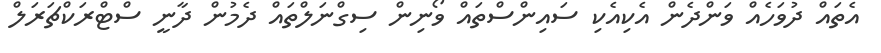
އެތައް ދުވަހެއް ވަންދެން އެކިއެކި ސައިންސްތައް ވޯނިން ސިގްނަލްތައް ދެމުން ދާނީ ސްޓްރަކްޗަރަލް